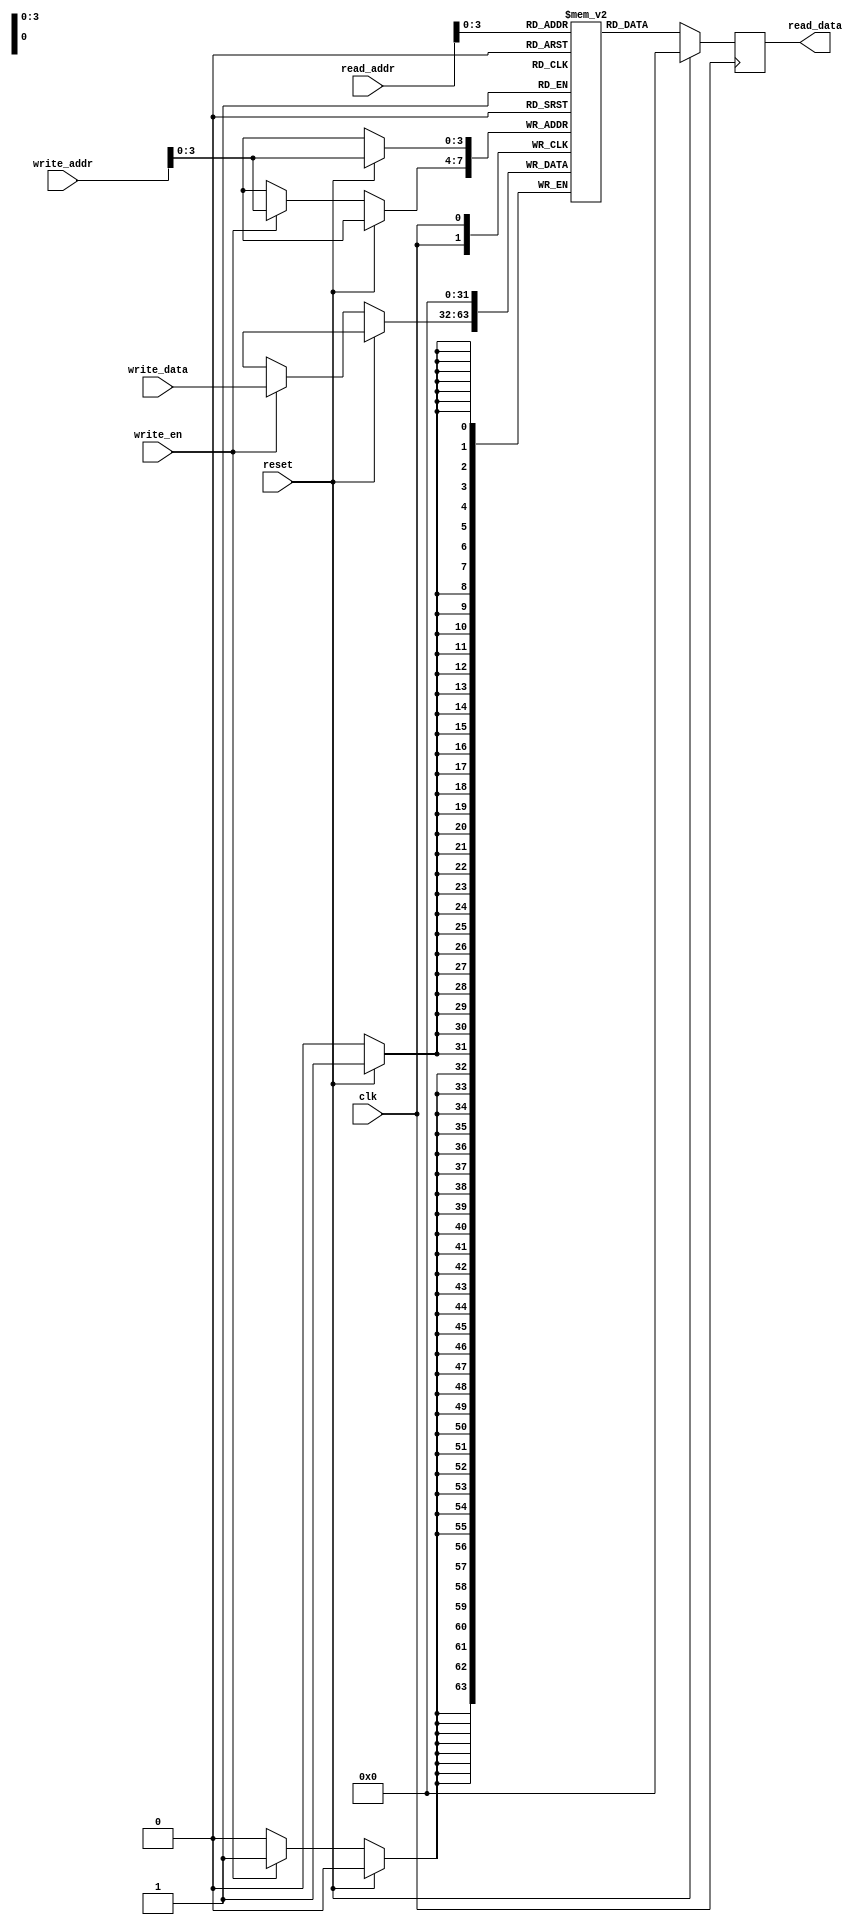
module MemoryBlocksStackRF #(
  parameter BLOCK_WIDTH = 8,
  parameter NUM_BLOCKS = 16,
  parameter DATA_WIDTH = 32
) (
  input wire          clk,
  input wire          reset,
  
  // Read ports
  input wire [DATA_WIDTH-1:0] read_addr,
  output reg  [DATA_WIDTH-1:0] read_data,
  
  // Write ports
  input wire          write_en,
  input wire [DATA_WIDTH-1:0] write_addr,
  input wire [DATA_WIDTH-1:0] write_data
);

reg [DATA_WIDTH-1:0] memory[NUM_BLOCKS-1:0];

// Read operation
always @(posedge clk) begin
  if (reset) begin
    read_data <= 0;
  end else begin
    read_data <= memory[read_addr];
  end
end

// Write operation
always @(posedge clk) begin
  if (reset) begin
    memory[write_addr] <= 0;
  end else begin
    if (write_en) begin
      memory[write_addr] <= write_data;
    end
  end
end

endmodule